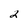
Character: 2